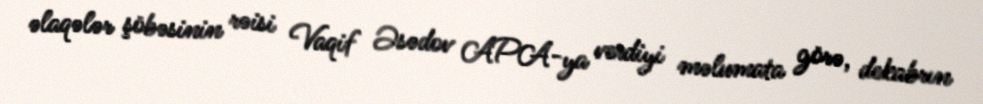
əlaqələr şöbəsinin rəisi Vaqif Əsədov APA-ya verdiyi məlumata görə, dekabrın